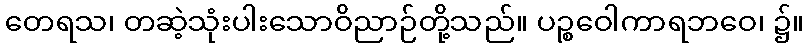
တေရသ၊ တဆဲ့သုံးပါးသောဝိညာဉ်တို့သည်။ ပဉ္စဝေါကာရဘဝေ၊ ၌။